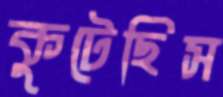
কুটেছিস